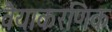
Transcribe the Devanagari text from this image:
वैयाकरणिक